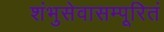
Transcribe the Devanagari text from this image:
शंभुसेवासम्पूरितं